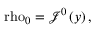
\mathrm { \ r h o } _ { 0 } = \mathcal { J } ^ { 0 } \left( y \right) ,